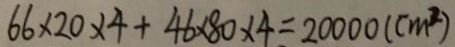
6 6 \times 2 0 \times 4 + 4 6 \times 8 0 \times 4 = 2 0 0 0 0 ( c m ^ { 2 } )